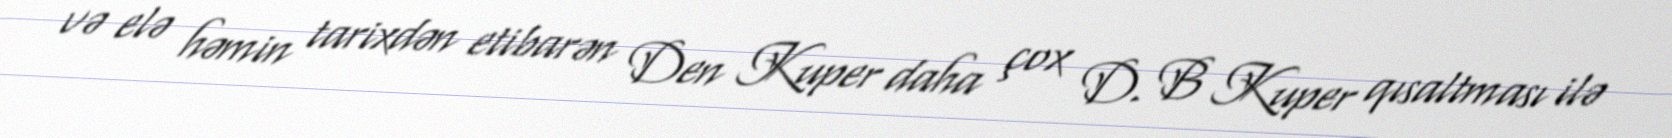
və elə həmin tarixdən etibarən Den Kuper daha çox D. B Kuper qısaltması ilə